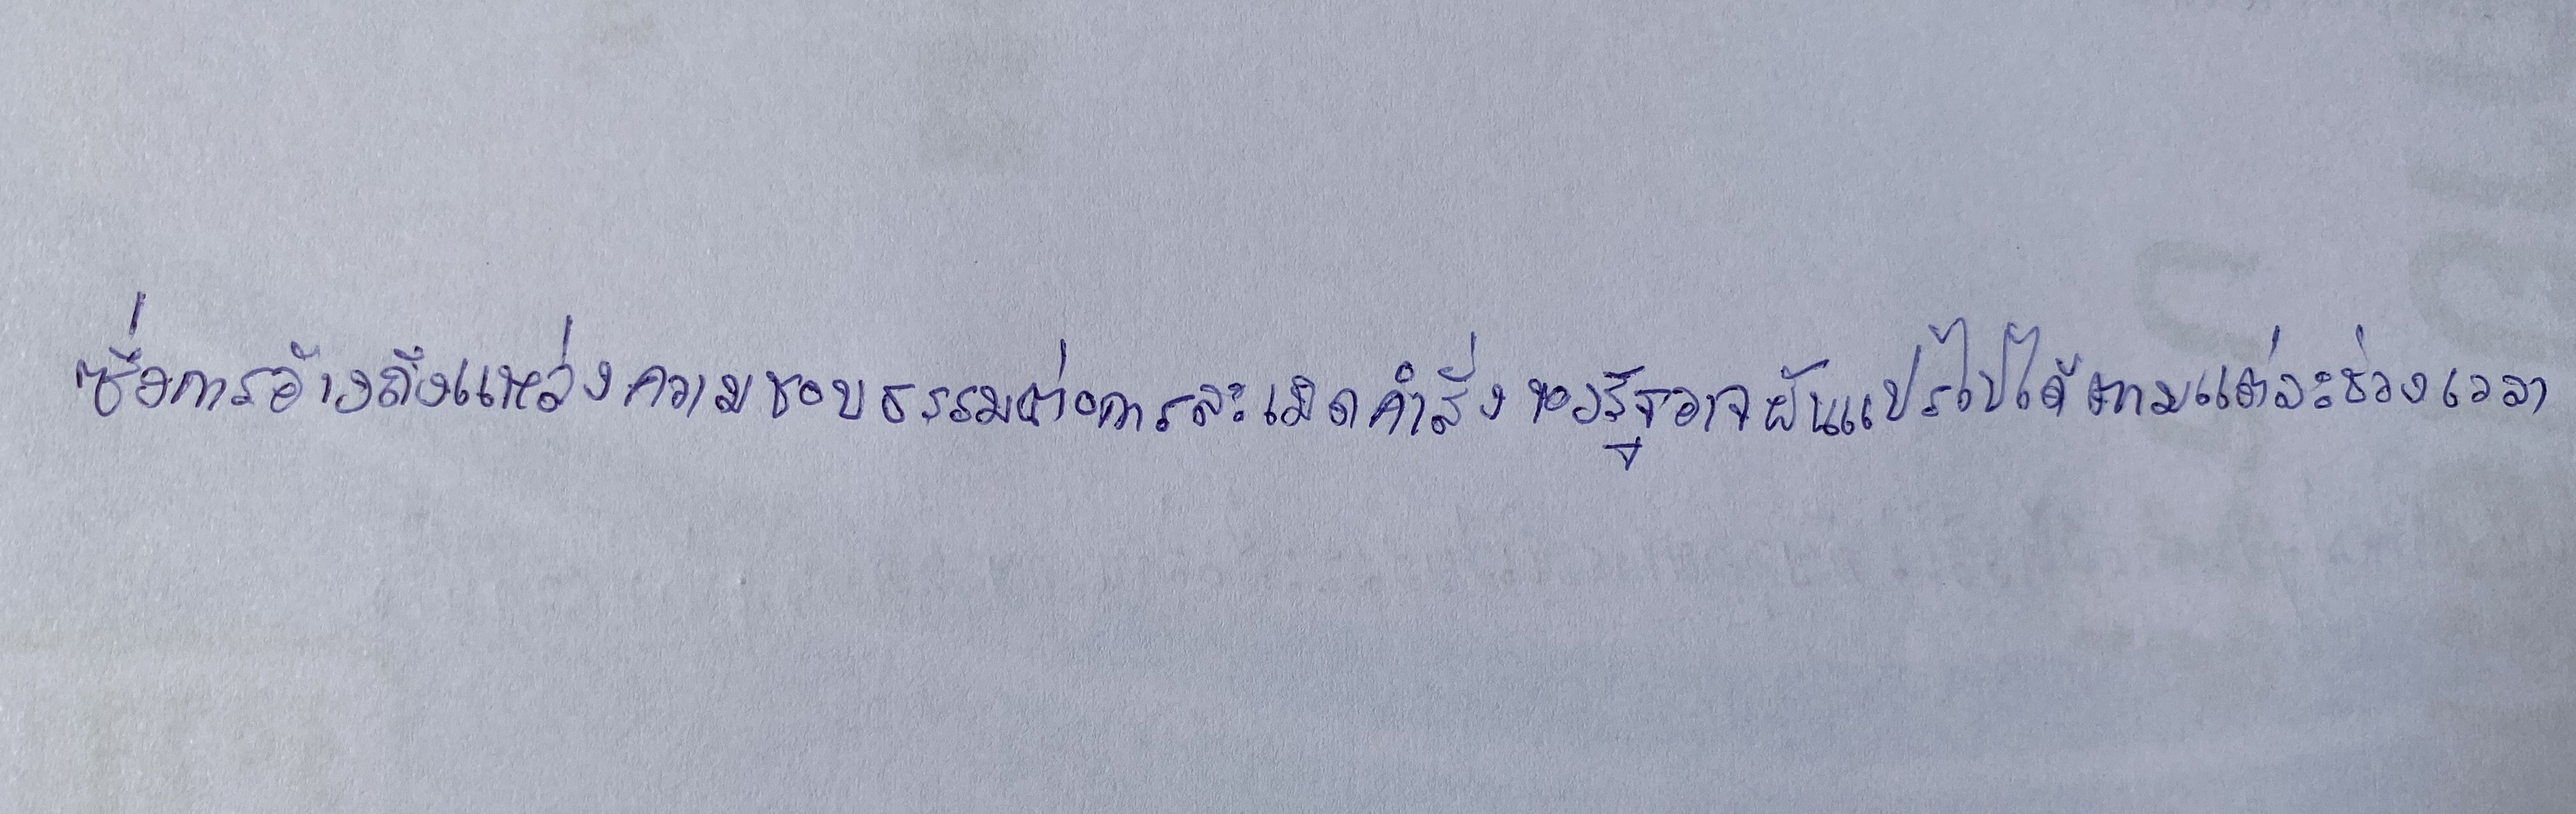
ซึ่งการอ้างถึงแหล่งความชอบธรรมต่อการละเมิดคำสั่งของรัฐอาจผันแปรไปได้ตามแต่ละช่วงเวลา